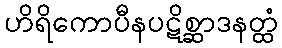
ဟိရိကောပီနပဋိစ္ဆာဒနတ္ထံ